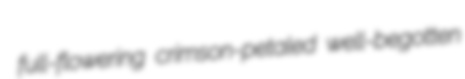
full-flowering crimson-petaled well-begotten